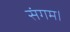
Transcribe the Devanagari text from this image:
संगम।